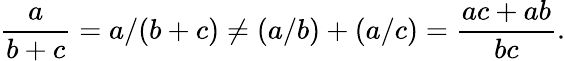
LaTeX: {\frac{a}{b+c}}=a/(b+c)\neq(a/b)+(a/c)={\frac{ac+ab}{bc}}.